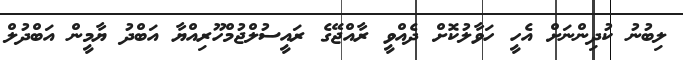
ލިބުނު ކުދިންނަށް އެހީ ހަވާލުކޮށް ދެއްވީ ރާއްޖޭގެ ރައީސުލްޖުމްހޫރިއްޔާ އަބްދު ޔާމީން އަބްދުލް